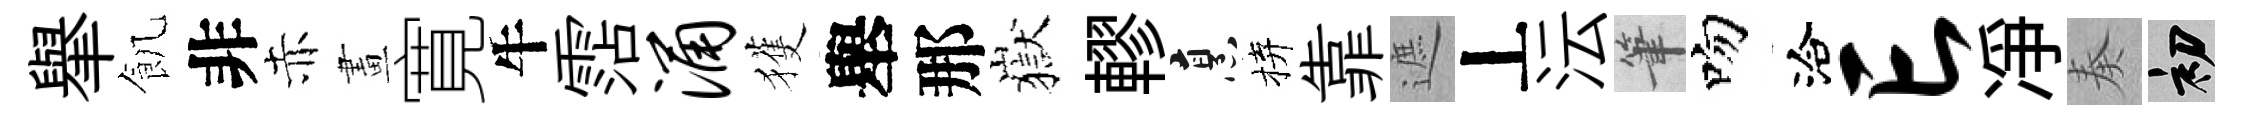
𦦙飢非赤畫寛牛霑涌獲舉那嶽轇烹拚靠遮丄沄筆吻洽亡凈奏初